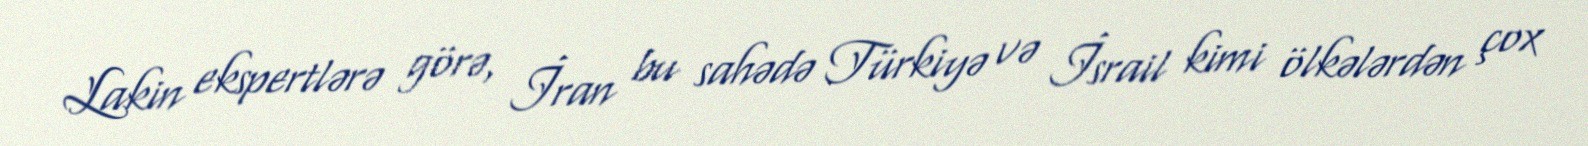
Lakin ekspertlərə görə, İran bu sahədə Türkiyə və İsrail kimi ölkələrdən çox